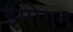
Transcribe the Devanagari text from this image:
इमोगन